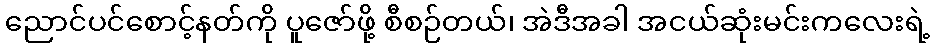
ညောင်ပင်စောင့်နတ်ကို ပူဇော်ဖို့ စီစဉ်တယ်၊ အဲဒီအခါ အငယ်ဆုံးမင်းကလေးရဲ့